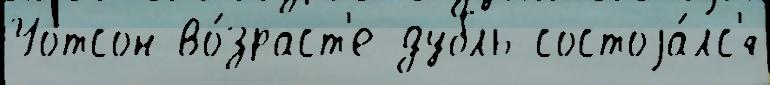
Уотсон во́зраст'е дубль состоjа́лс'я